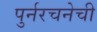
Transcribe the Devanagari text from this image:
पुर्नरचनेची